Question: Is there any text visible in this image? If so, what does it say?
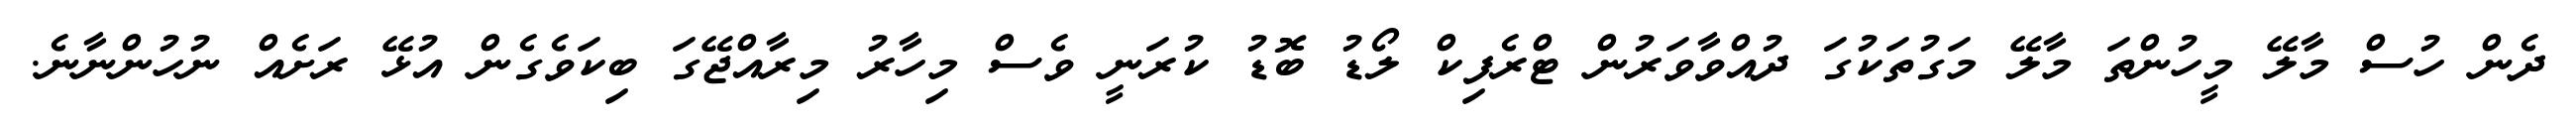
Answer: ދެން ހުސް މާލޭ މީހުންތަ މާލޭ މަގުތަކުގަ ދުއްވާވަރުން ޓްރެފިކް ލޯޑު ބޮޑު ކުރަނީ ވެސް މިހާރު މިރާއްޖޭގަ ބިކަވެގެން އުޅޭ ރަށެއް ނުހުންނާނެ.